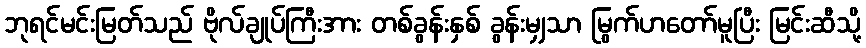
ဘုရင်မင်းမြတ်သည် ဗိုလ်ချုပ်ကြီးအား တစ်ခွန်းနှစ် ခွန်းမျှသာ မြွက်ဟတော်မူပြီး မြင်းဆီသို့